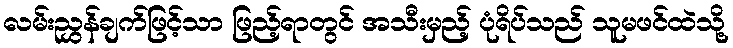
လမ်းညွှန်ချက်ဖြင့်သာ ဖြည့်ရာတွင် အသီးမှည့် ပုံရိပ်သည် သူမဖင်ထဲသို့